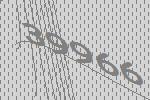
39966